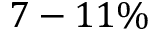
7 - 1 1 \%